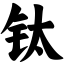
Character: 钛